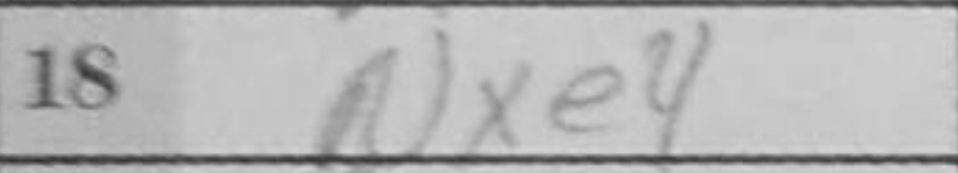
Transcription: Nxe4